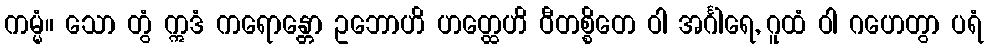
ကမ္မံ။ သော တွံ ဣဒံ ကရောန္တော ဥဘောဟိ ဟတ္ထေဟိ ဝီတစ္စိတေ ဝါ အင်္ဂါရေ, ဂူထံ ဝါ ဂဟေတွာ ပရံ